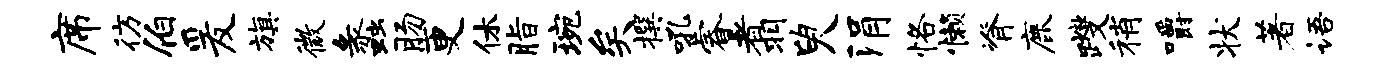
席彷伯爰旗微蠡肠更休脂琬矣撰吼睿翥臾涓恪懒脊鹿躞稍嚼状著语